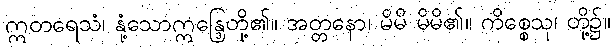
ဣတရေသံ၊ နုံ့သောဣန္ဒြေတို့၏။ အတ္တနော၊ မိမိ မိမိ၏။ ကိစ္စေသု၊ တို့၌။